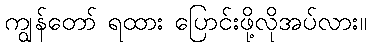
ကျွန်တော် ရထား ပြောင်းဖို့လိုအပ်လား။